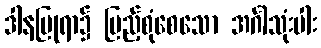
ဒါနပြုရာ၌ ပြည့်စုံစေသော အင်္ဂါသုံးပါး